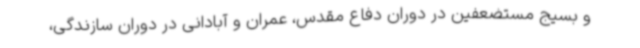
و بسیج مستضعفین در دوران دفاع مقدس، عمران و آبادانی در دوران سازندگی،